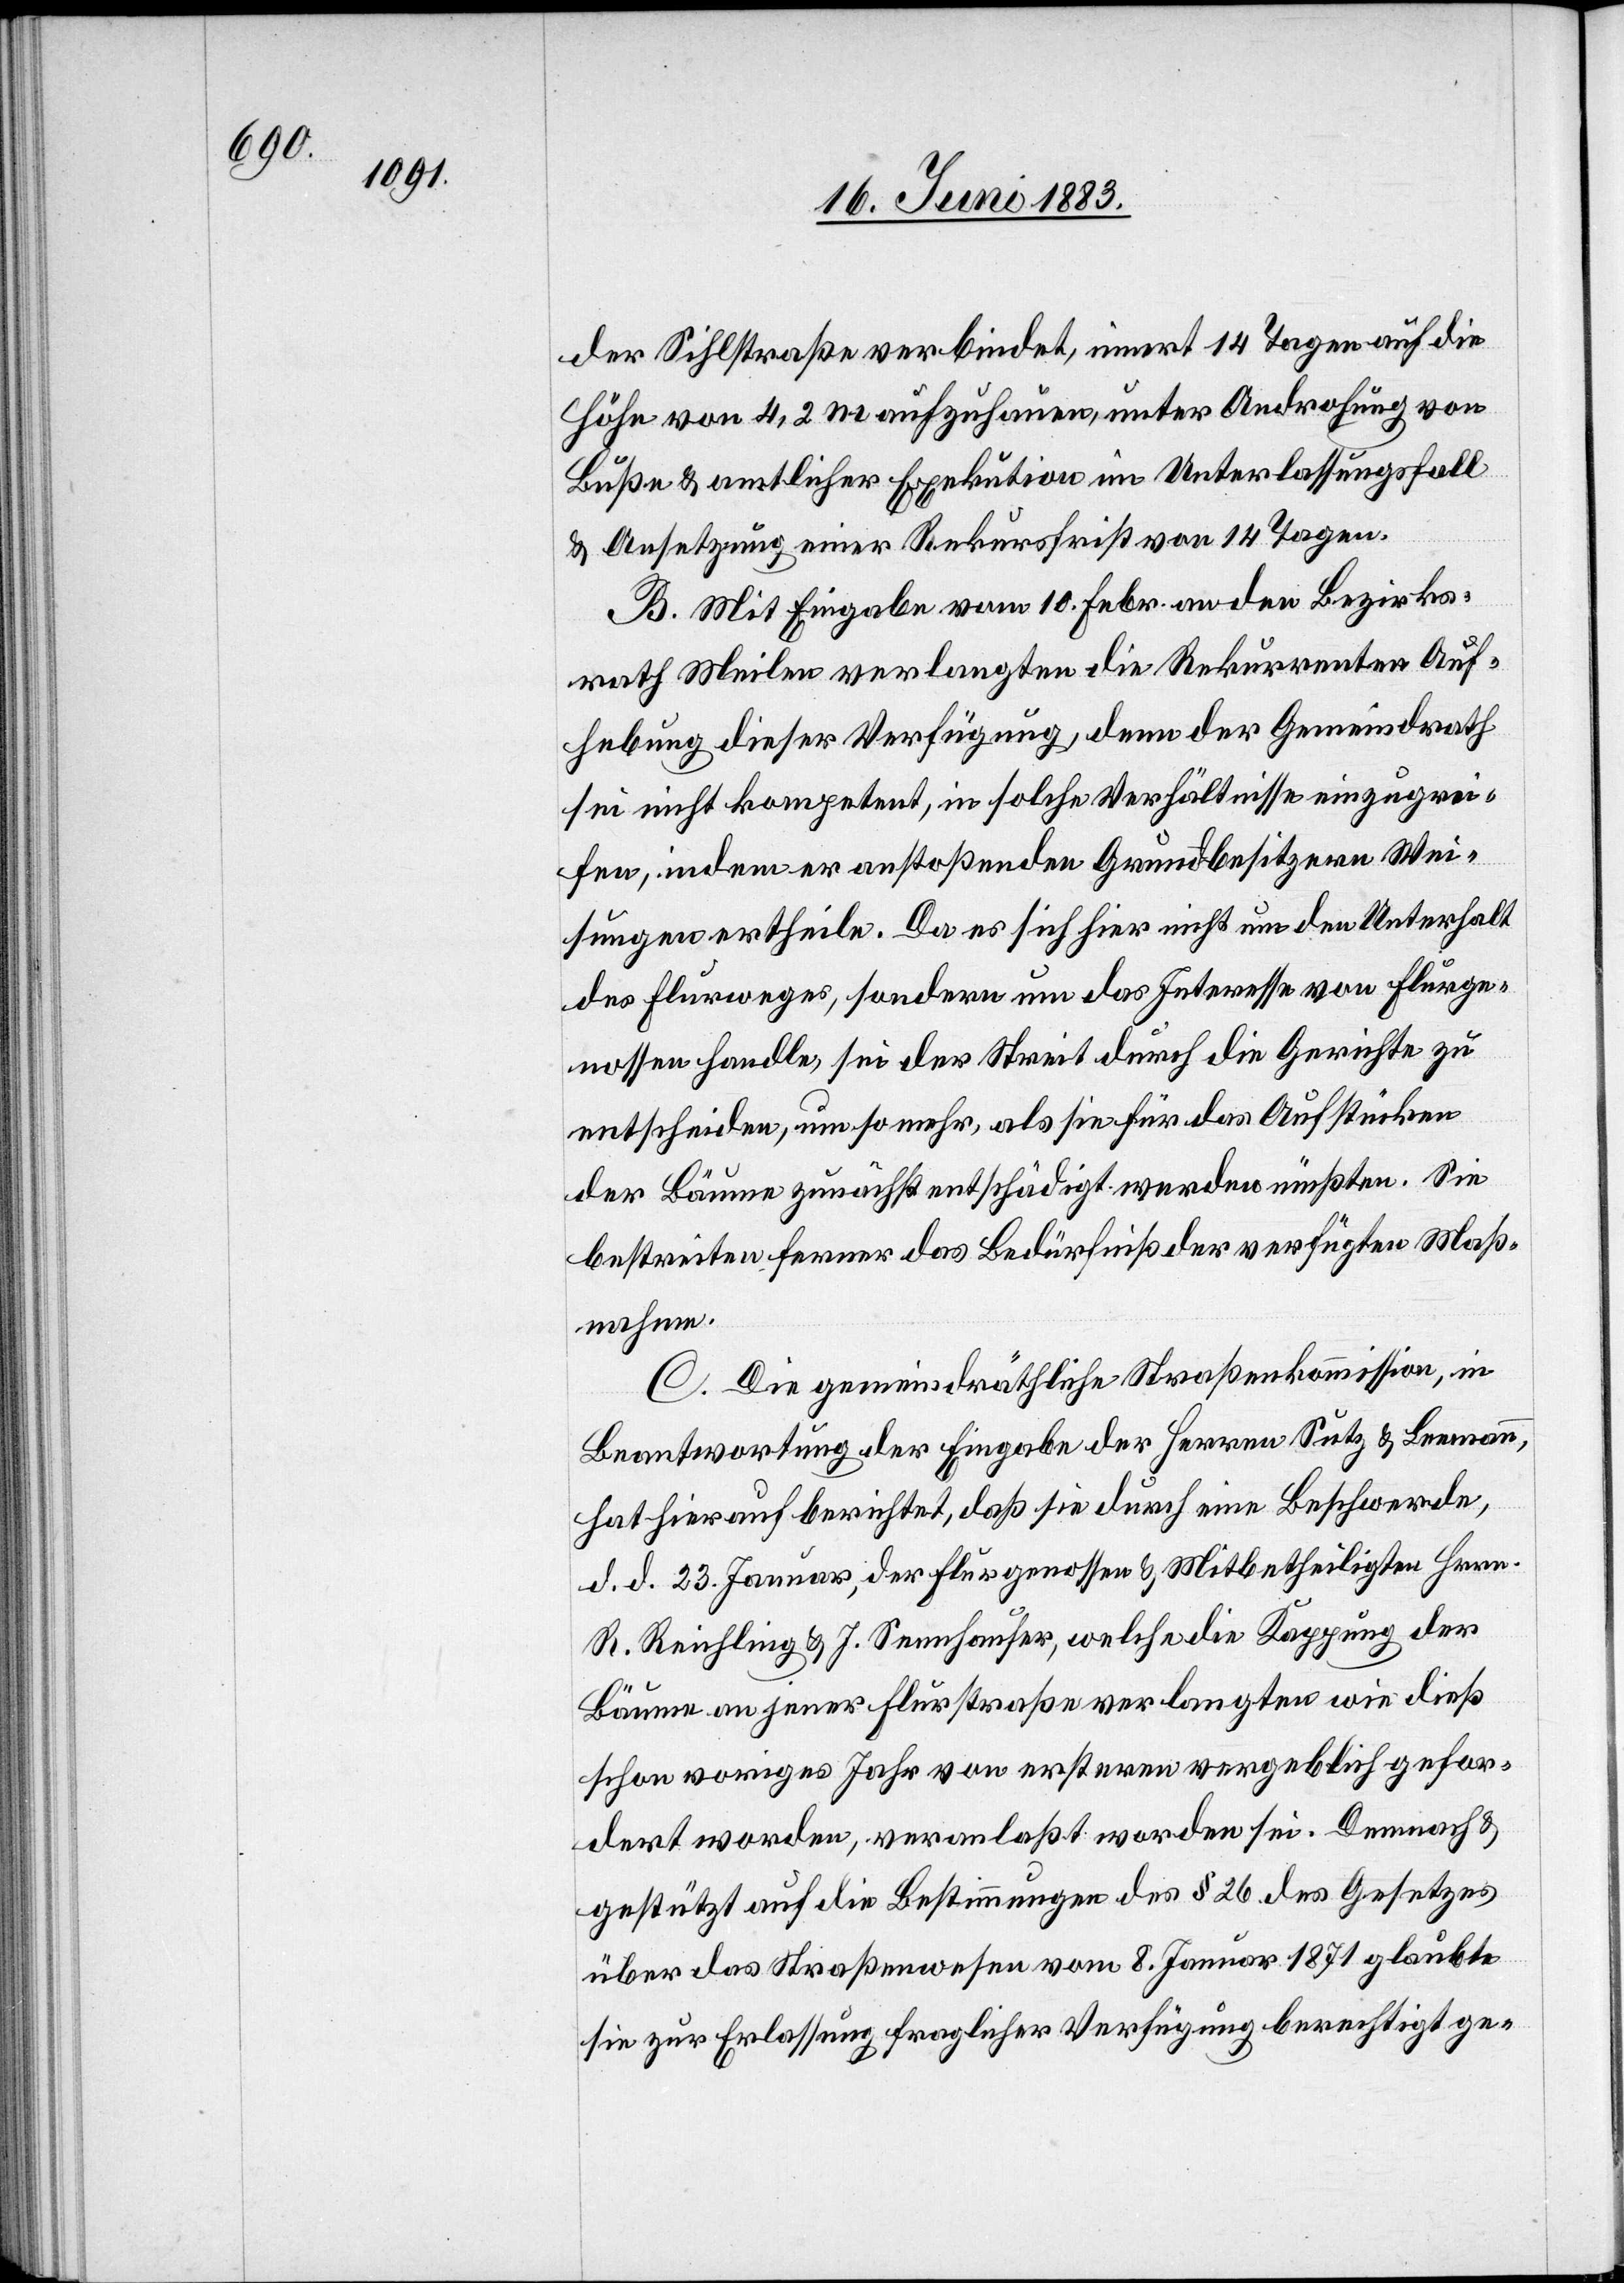
der Sihlstraße verbindet, innert 14 Tagen auf die
Höhe von 4,2 m aufzuhauen, unter Androhung von
Buße & amtlicher Exekution im Unterlassungsfall
& Ansetzung einer Rekursfrist von 14 Tagen.
B. Mit Eingabe vom 10. Febr. an den Bezirks¬
rath Meilen verlangten die Rekurrenten Auf¬
hebung dieser Verfügung, denn der Gemeindrath
sei nicht kompetent, in solche Verhältnisse einzugrei¬
fen, indem er anstoßenden Grundbesitzern Wei¬
sungen ertheile. Da es sich hier nicht um den Unterhalt
des Flurweges, sondern um das Interesse von Flurge¬
nossen handle, sei der Streit durch die Gerichte zu
entscheiden, um so mehr, als sie für das Aufstücken
der Bäume zunächst entschädigt werden müßten. Sie
bestreiten ferner das Bedürfniß der verfügten Maß¬
nahme.
C. Die gemeindräthliche Straßenkommission, in
Beantwortung der Eingabe der Herren Sutz & Leemann,
hat hierauf berichtet, daß sie durch eine Beschwerde,
d. d. 23. Januar, der Flurgenossen & Mitbetheiligten Hrn.
R. Reichling & J. Sennhauser, welche die Kappung der
Bäume an jener Flurstraße verlangten wie dieß
schon voriges Jahr von ersteren vergeblich gefor¬
dert worden; veranlaßt worden sei. Demnach &
gestützt auf die Bestimmungen des § 26 des Gesetzes
über das Straßenwesen vom 8. Januar 1871 glaubte
sie zur Erlassung fraglicher Verfügung berechtigt ge-